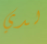
لدي